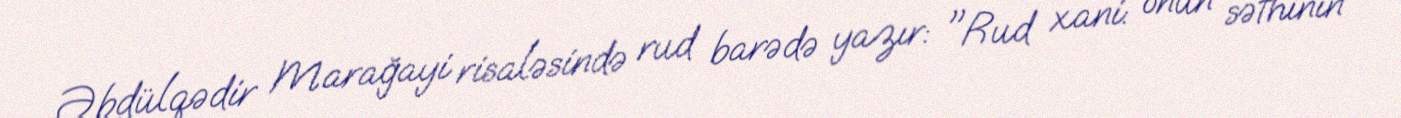
Əbdülqədir Marağayi risaləsində rud barədə yazır: "Rud xani: onun səthinin